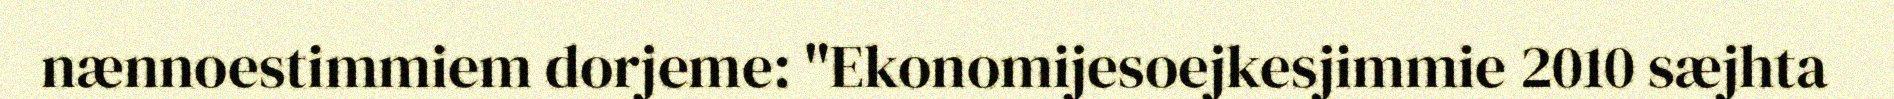
nænnoestimmiem dorjeme: "Ekonomijesoejkesjimmie 2010 sæjhta